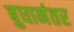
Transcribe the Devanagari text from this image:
बुधानंतर